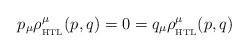
LaTeX: \begin{align*}p_\mu \rho_{_{\rm HTL}}^\mu(p,q) = 0 = q_\mu \rho_{_{\rm HTL}}^\mu(p,q)\,\end{align*}